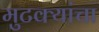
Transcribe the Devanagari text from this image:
मुटक्यांचा